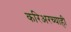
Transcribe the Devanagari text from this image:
करिअरच्याही